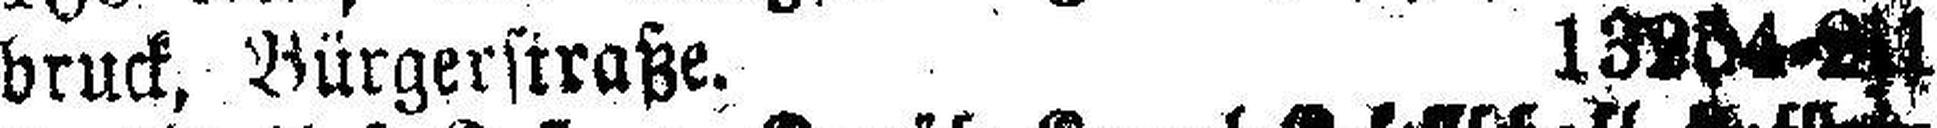
druck, Bürgerstraße. 13254-###1